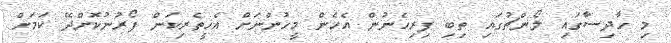
މި ހާދިސާގައި ލޯންޗުގައި ތިބި ފިރިހެނުން އެހެން މީހުންނަށް އެހީތެރިކަން ފޯރުނުކޮށްދޭ ކަމަށް